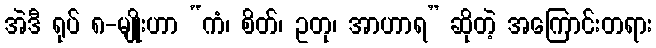
အဲဒီ ရုပ် ၈-မျိုးဟာ “ကံ၊ စိတ်၊ ဥတု၊ အာဟာရ” ဆိုတဲ့ အကြောင်းတရား